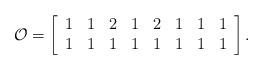
LaTeX: \begin{align*}\mathcal{O}=\left[\begin{array}{cccccccc} 1&1&2&1&2&1&1& 1\\1&1&1&1&1&1&1& 1\end{array}\right].\end{align*}